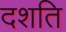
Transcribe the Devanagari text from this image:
दशति